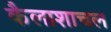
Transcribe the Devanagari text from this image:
कैलाशाचल